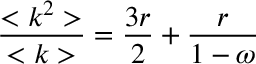
\frac { < k ^ { 2 } > } { < k > } = \frac { 3 r } { 2 } + \frac { r } { 1 - \omega }